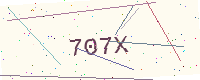
Text: 707X